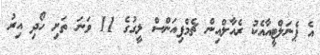
އެ ޕެނަލްޓީއާއެކު ރެއާލްއިން ޗެމްޕިއަންސް ލީގުގެ 11 ވަނަ ތަށި ހޯދި އިރު